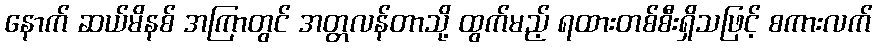
နောက် ဆယ်မိနစ် အကြာတွင် အတ္တလန်တာသို့ ထွက်မည့် ရထားတစ်စီးရှိသဖြင့် စကားလက်